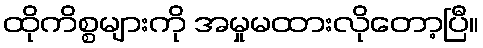
ထိုကိစ္စများကို အမှုမထားလိုတော့ပြီ။